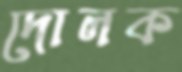
দোলক